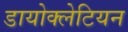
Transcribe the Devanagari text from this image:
डायोक्लेटियन